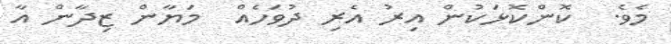
މެވެ.  ކޮންކޮޅަކުން އިރު އެރި ދުވަހެއް  މަޔާން ޒިދާން އާ